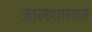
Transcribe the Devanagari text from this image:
जालशास्त्रात